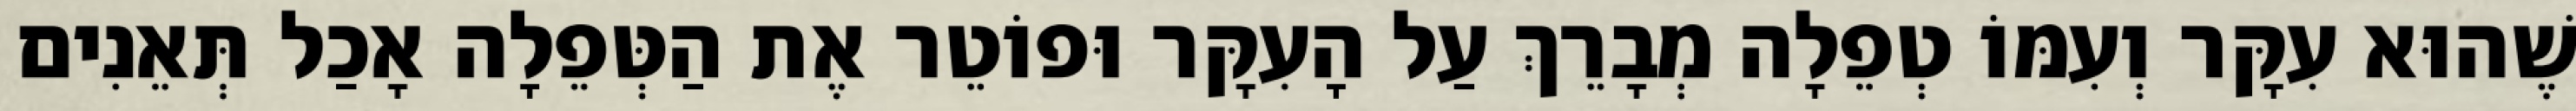
שֶׁהוּא עִקָּר וְעִמּוֹ טְפֵלָה מְבָרֵךְ עַל הָעִקָּר וּפוֹטֵר אֶת הַטְּפֵלָה אָכַל תְּאֵנִים